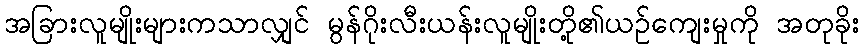
အခြားလူမျိုးများကသာလျှင် မွန်ဂိုးလီးယန်းလူမျိုးတို့၏ယဉ်ကျေးမှုကို အတုခိုး